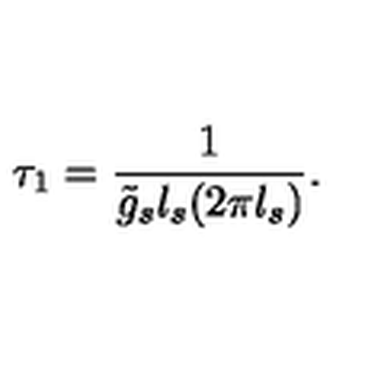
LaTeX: \tau _ { 1 } = \frac { 1 } { \tilde { g } _ { s } l _ { s } ( 2 \pi l _ { s } ) } .